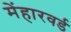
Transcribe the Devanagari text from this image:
मेंहारवर्ड